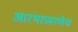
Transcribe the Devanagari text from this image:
आरंभाप्रमाणेच